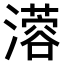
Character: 𤁇